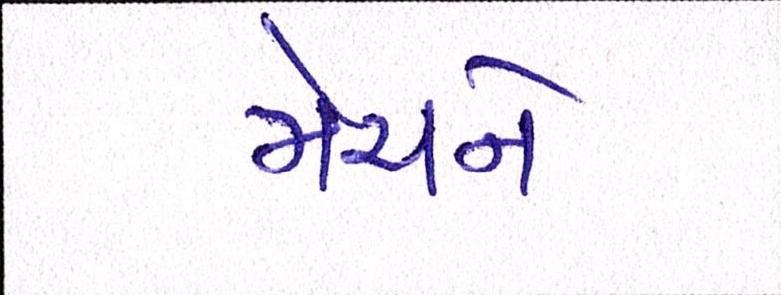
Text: મેચને